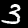
Digit: 3